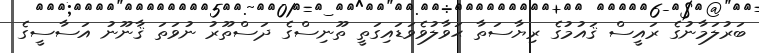
ބަރުލަމާނުގެ ރައީސް ޤައުމުގެ ރިޔާސަތާ ޙަވާލުވެވަޑައިގަތީ ތޫނިސްގެ ދަސްތޫރު ނުވަތަ ޤާނޫނު އަސާސީގެ